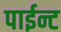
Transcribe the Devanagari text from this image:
पाईन्ट